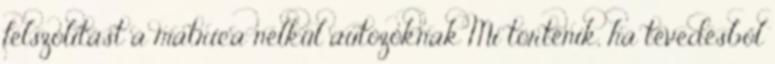
felszólítást a matrica nélkül autózóknak Mi történik, ha tévedésből